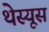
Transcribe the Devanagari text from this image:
थेस्यूस